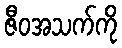
ဇီဝအသက်ကို